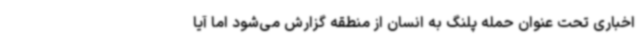
اخباری تحت عنوان حمله پلنگ به انسان از منطقه گزارش می‌شود اما آیا